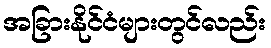
အခြားနိုင်ငံများတွင်လည်း